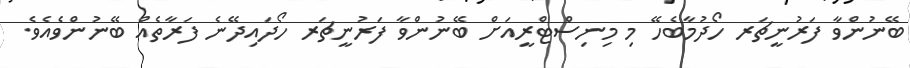
ބޭނުންވާ ފަރުނީޗަރ ހޯދުމާބެހޭ މި މިނިސްޓްރީއަށް ބޭނުންވާ ފަރުނީޗަރ ހޯދައިދޭނެ ފަރާތެއް ބޭނުންވެއެވެ.